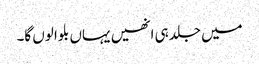
میں جلد ہی انھیں یہاں بلوا لوں گا۔